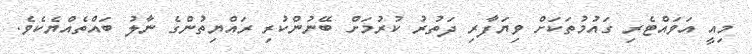
މިއީ އަވައްޓެރި ގައުމުތަކަށް ވިޔަފާރި ދަތުރު ކުރުމަށް ބޭނުންކުރި ރައްޔިތުންގެ ނާލު ބައްތެއްޔެކެވެ.